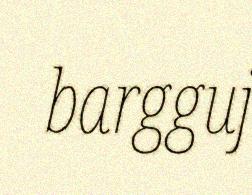
bargguj